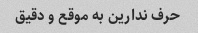
حرف ندارین به موقع و دقیق